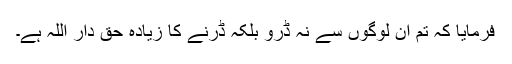
فرمایا کہ تم ان لوگوں سے نہ ڈرو بلکہ ڈرنے کا زیادہ حق دار اللہ ہے۔